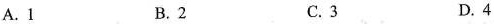
A.1 B.2 C.3 D.4